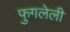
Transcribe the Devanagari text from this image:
फुगलेली